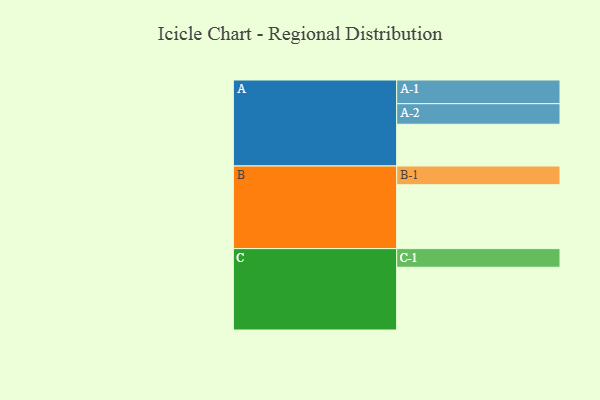
{"axis": {"x": "Segment", "y": "Value"}, "legend": ["", "A", "B", "C"], "data": [{"x": "A", "y": 370, "type": ""}, {"x": "B", "y": 566, "type": ""}, {"x": "C", "y": 556, "type": ""}, {"x": "A-1", "y": 210, "type": "A"}, {"x": "A-2", "y": 182, "type": "A"}, {"x": "B-1", "y": 166, "type": "B"}, {"x": "C-1", "y": 165, "type": "C"}]}